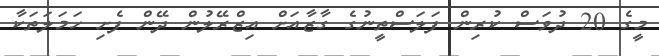
މީގެ 20 ދުވަސް ކުރިން ފަލަސްތީނުގެ ގާޒާއަށް އިޒްރޭލުން ދޭން ފެށި ހަމަލަތަކާ